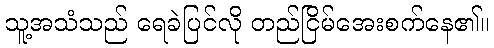
သူ့အသံသည် ရေခဲပြင်လို တည်ငြိမ်အေးစက်နေ၏။